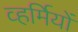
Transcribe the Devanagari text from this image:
व्हर्मियों